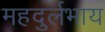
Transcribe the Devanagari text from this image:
महदुर्लभाय